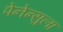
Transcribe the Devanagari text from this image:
पेनेन्सुला